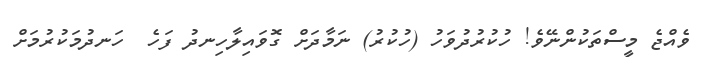
ވެއްޖެ މީސްތަކުންނޭވެ! ހުކުރުދުވަހު (ހުކުރު) ނަމާދަށް ގޮވައިލާހިނދު ފަހެ  ހަނދުމަކުރުމަށް